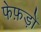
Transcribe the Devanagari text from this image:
फेफ़ड़ों